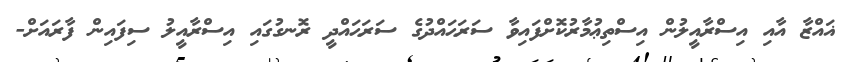
ޣައްޒާ އާއި އިސްރާއީލުން އިސްތިޢުމާރުކޮށްފައިވާ ސަރަޙައްދުގެ ސަރަޙައްދީ ރޮނގުގައި އިސްރާއީލު ސިފައިން ފާރައަށް-